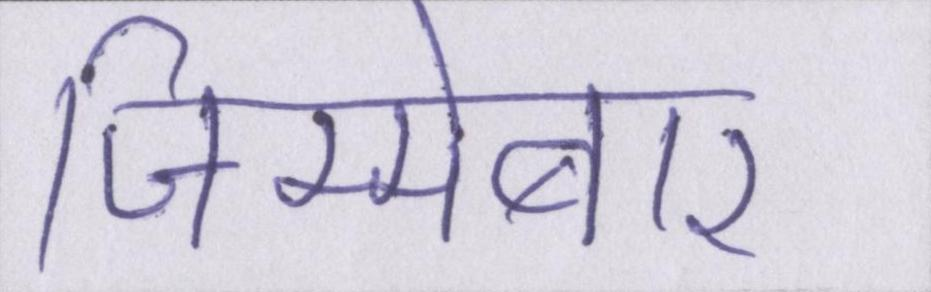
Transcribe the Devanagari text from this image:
जिम्मेबार